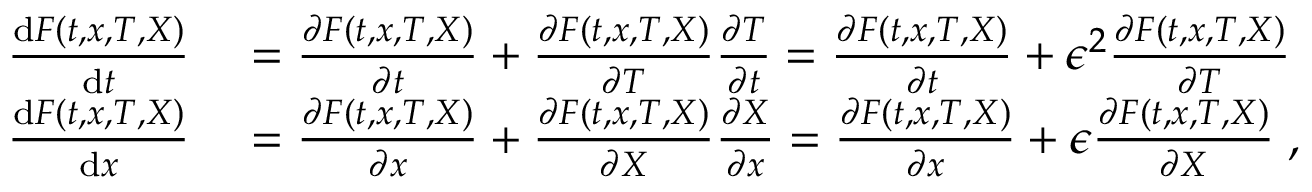
\begin{array} { r l } { \frac { \mathrm { d } F ( t , x , T , X ) } { \mathrm { d } t } } & { { } = \frac { \partial F ( t , x , T , X ) } { \partial t } + \frac { \partial F ( t , x , T , X ) } { \partial T } \frac { \partial T } { \partial t } = \frac { \partial F ( t , x , T , X ) } { \partial t } + \epsilon ^ { 2 } \frac { \partial F ( t , x , T , X ) } { \partial T } } \\ { \frac { \mathrm { d } F ( t , x , T , X ) } { \mathrm { d } x } } & { { } = \frac { \partial F ( t , x , T , X ) } { \partial x } + \frac { \partial F ( t , x , T , X ) } { \partial X } \frac { \partial X } { \partial x } = \frac { \partial F ( t , x , T , X ) } { \partial x } + \epsilon \frac { \partial F ( t , x , T , X ) } { \partial X } \; , } \end{array}